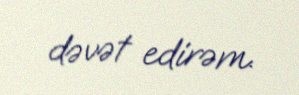
dəvət edirəm.